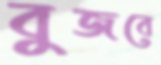
বুজবে